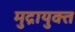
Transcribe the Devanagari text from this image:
मुद्रायुक्त